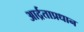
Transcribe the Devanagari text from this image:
आर्द्रताप्रधान